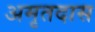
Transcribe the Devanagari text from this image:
अमृतदास